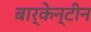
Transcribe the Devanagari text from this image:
बार्केन्टीन